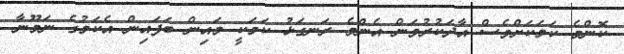
ކޮންމެ ކަމަކަށްވެސް އާދަކުރުވަން އެންމެ ރަނގަޅު ކަމަކީ މައިން ބަފައިން އެކަމުގެ ނަމޫނާ